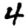
Digit: 4